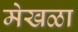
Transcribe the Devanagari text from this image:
मेखळा